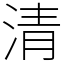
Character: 清